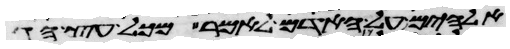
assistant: אלהים על האדם לאמר מכל עץ הגן